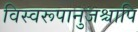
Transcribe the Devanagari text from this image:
विस्वरूपानुजश्चापि